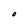
Character: O